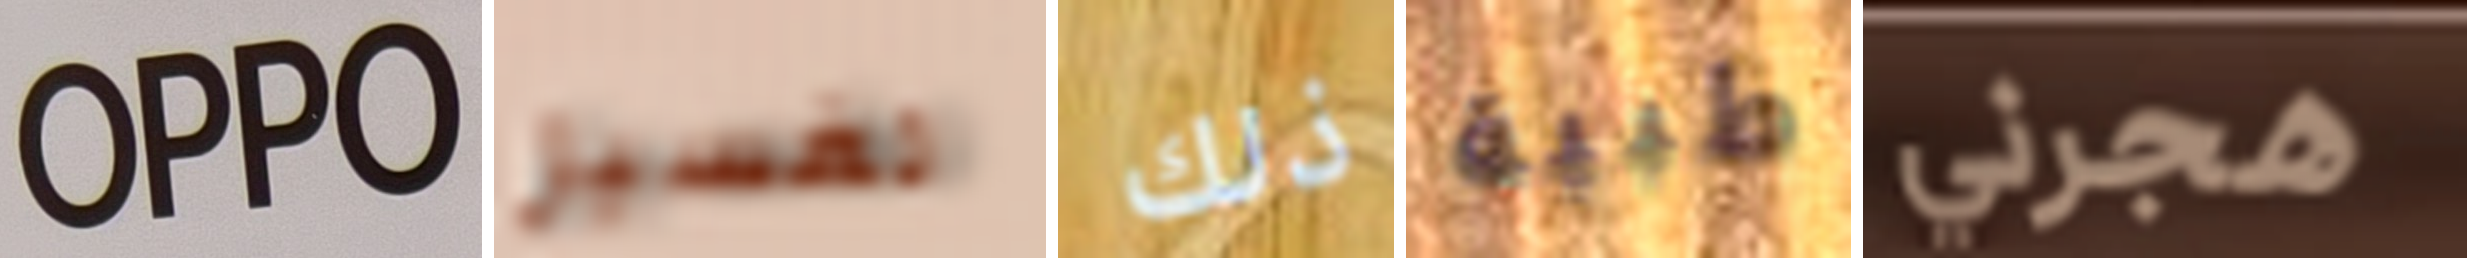
OPPO لغسيل ذلك طبية هجرني